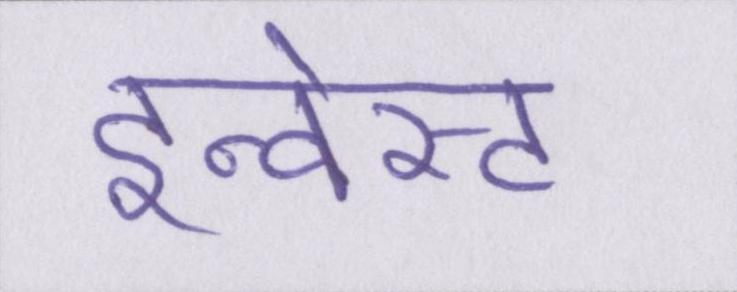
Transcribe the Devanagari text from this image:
इन्वेस्ट